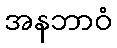
အနဘာဝံ